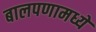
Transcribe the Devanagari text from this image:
बालपणामध्ये